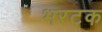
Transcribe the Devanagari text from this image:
भरटक